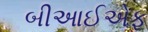
બીઆઈએફ